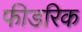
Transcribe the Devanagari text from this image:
फीडरिक